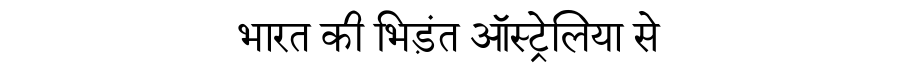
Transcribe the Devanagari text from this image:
भारत की भिड़ंत ऑस्ट्रेलिया से